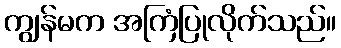
ကျွန်မက အကြံပြုလိုက်သည်။